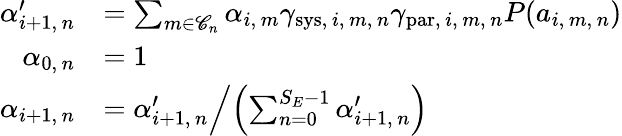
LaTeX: \begin{array}{rl}{\alpha_{i+1,\, n}^{\prime}}&{=\sum_{m\in\mathscr{C}_{n}}\alpha_{i,\, m}\gamma_{\mathrm{sys},\, i,\, m,\, n}\gamma_{\mathrm{par},\, i,\, m,\, n}P(a_{i,\, m,\, n})}\\ {\alpha_{0,\, n}}&{=1}\\ {\alpha_{i+1,\, n}}&{=\left.\alpha_{i+1,\, n}^{\prime}\middle/\left(\sum_{n=0}^{S_{E}-1}\alpha_{i+1,\, n}^{\prime}\right)\right.}\end{array}